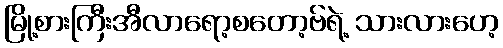
မြို့စားကြီးအီလာရော့စတော့ဗ်ရဲ့ သားလားဟေ့